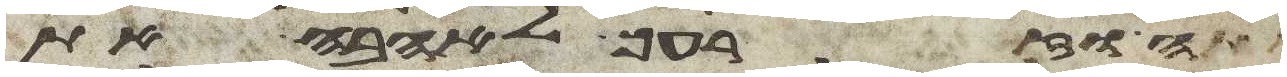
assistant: אתה וזרעך לאהבה את